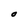
Character: O